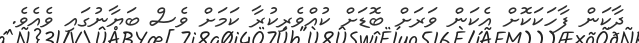
ދާކަން ފާހަކަކޮށް އެކަން ވަރަށް ބޮޑަށް ކުއްވެރިކުރާ ކަމަށް ވެސް ބަޔާނުގައި ވެއެވެ.